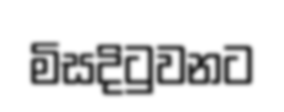
මිසදිටුවනට